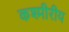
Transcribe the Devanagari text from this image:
कश्मीरीय